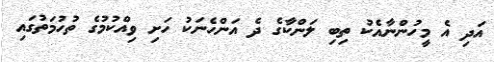
އަދި އެ މީހުންނާއެކު ތިބި ލަންކާގެ ދެ އަންހެނަކު ހަށި ވިއްކުމުގެ ތުހުމަތުގައި